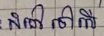
សំដៅទៅលើ